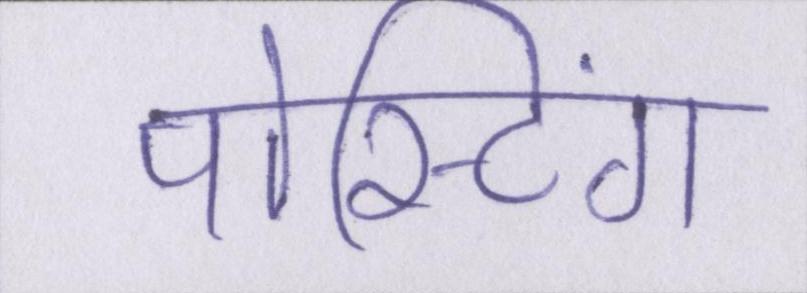
पोस्टिंग